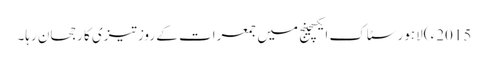
2015ء )لاہور سٹاک ایکسچینج میں جمعرات کے روز تیزی کا رجحان رہا۔